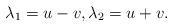
LaTeX: \begin{align*}\lambda_1=u-v,\lambda_2=u+v.\end{align*}